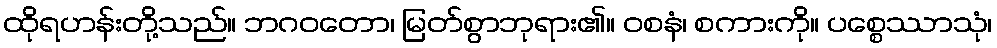
ထိုရဟန်းတို့သည်။ ဘဂဝတော၊ မြတ်စွာဘုရား၏။ ဝစနံ၊ စကားကို။ ပစ္စေဿာသုံ၊